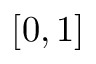
[ 0 , 1 ]